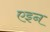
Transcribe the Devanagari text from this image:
एइन